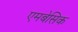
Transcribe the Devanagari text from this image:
एमबेसिक